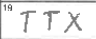
Transcription: TTX